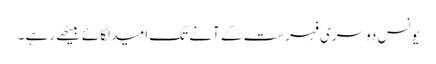
یونس دوسری فہرست کے آنے تک امید لگائے بیٹھے رہے ۔